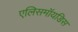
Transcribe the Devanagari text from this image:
एलिसमॉयडिस